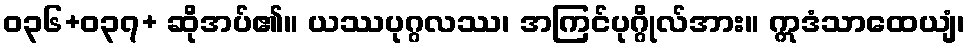
ဝ၃၆+၀၃၇+ ဆိုအပ်၏။ ယဿပုဂ္ဂလဿ၊ အကြင်ပုဂ္ဂိုလ်အား။ ဣဒံသာထေယျံ၊